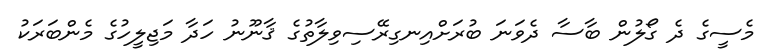
މެސީގެ ދެ ގޯލުން ބާސާ ދެވަނަ ބުރަށްއިނގިރޭސިވިލާތުގެ ޤާނޫނު ހަދާ މަޖިލީހުގެ މެންބަރަކު